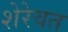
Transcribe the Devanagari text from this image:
शेरेवत